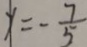
y = - \frac { 7 } { 5 }